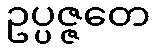
ဥပ္ပဇ္ဇတေ